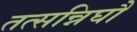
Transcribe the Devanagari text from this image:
तत्सन्निघौ